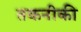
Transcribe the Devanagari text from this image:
तकनीकी